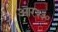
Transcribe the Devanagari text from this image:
आर२३०